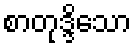
စာတုဒ္ဒိသော